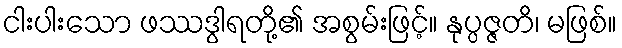
ငါးပါးသော ဖဿဒွါရတို့၏ အစွမ်းဖြင့်။ နုပ္ပဇ္ဇတိ၊ မဖြစ်။